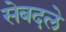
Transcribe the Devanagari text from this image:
सेबदले